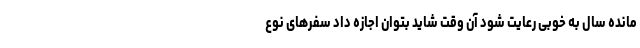
‌مانده سال به خوبی رعایت شود آن وقت شاید بتوان اجازه داد سفر‌های نوع